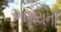
આશયની